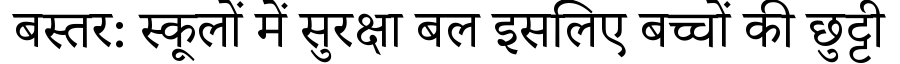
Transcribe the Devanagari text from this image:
बस्तर: स्कूलों में सुरक्षा बल इसलिए बच्चों की छुट्टी